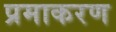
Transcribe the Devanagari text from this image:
प्रमाकरण